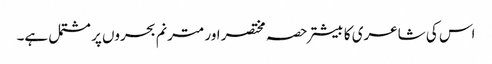
اس کی شاعری کا بیشتر حصہ مختصر اور مترنم بحروں پر مشتمل ہے۔